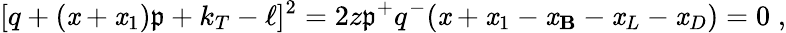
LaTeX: [q+(\mathit{x}+\mathit{x}_{1})\mathfrak{p}+k_{T}-\ell]^{2}=2z\mathfrak{p}^{+}q^{-}(\mathit{x}+\mathit{x}_{1}-\mathit{x}_{\mathbf{B}}-\mathit{x}_{L}-\mathit{x}_{D})=0\; ,